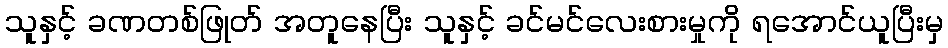
သူနှင့် ခဏတစ်ဖြုတ် အတူနေပြီး သူနှင့် ခင်မင်လေးစားမှုကို ရအောင်ယူပြီးမှ